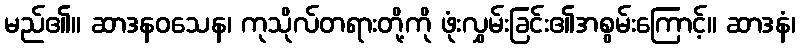
မည်၏။ ဆာဒနဝသေန၊ ကုသိုလ်တရားတို့ကို ဖုံးလွှမ်းခြင်း၏အစွမ်းကြောင့်။ ဆာဒနံ၊